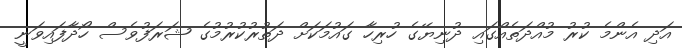
އަދި އެންމެ ކުރު މުއްދަތެއްގައި ދުނިޔޭގެ ހުރިހާ ގައުމަކަށް ދަތުރުކުރުމުގެ ޝަރަފުވެސް ހޯދާފައިވަނީ